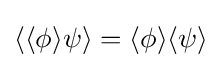
\langle \langle \phi \rangle \psi \rangle =\langle \phi \rangle \langle \psi \rangle